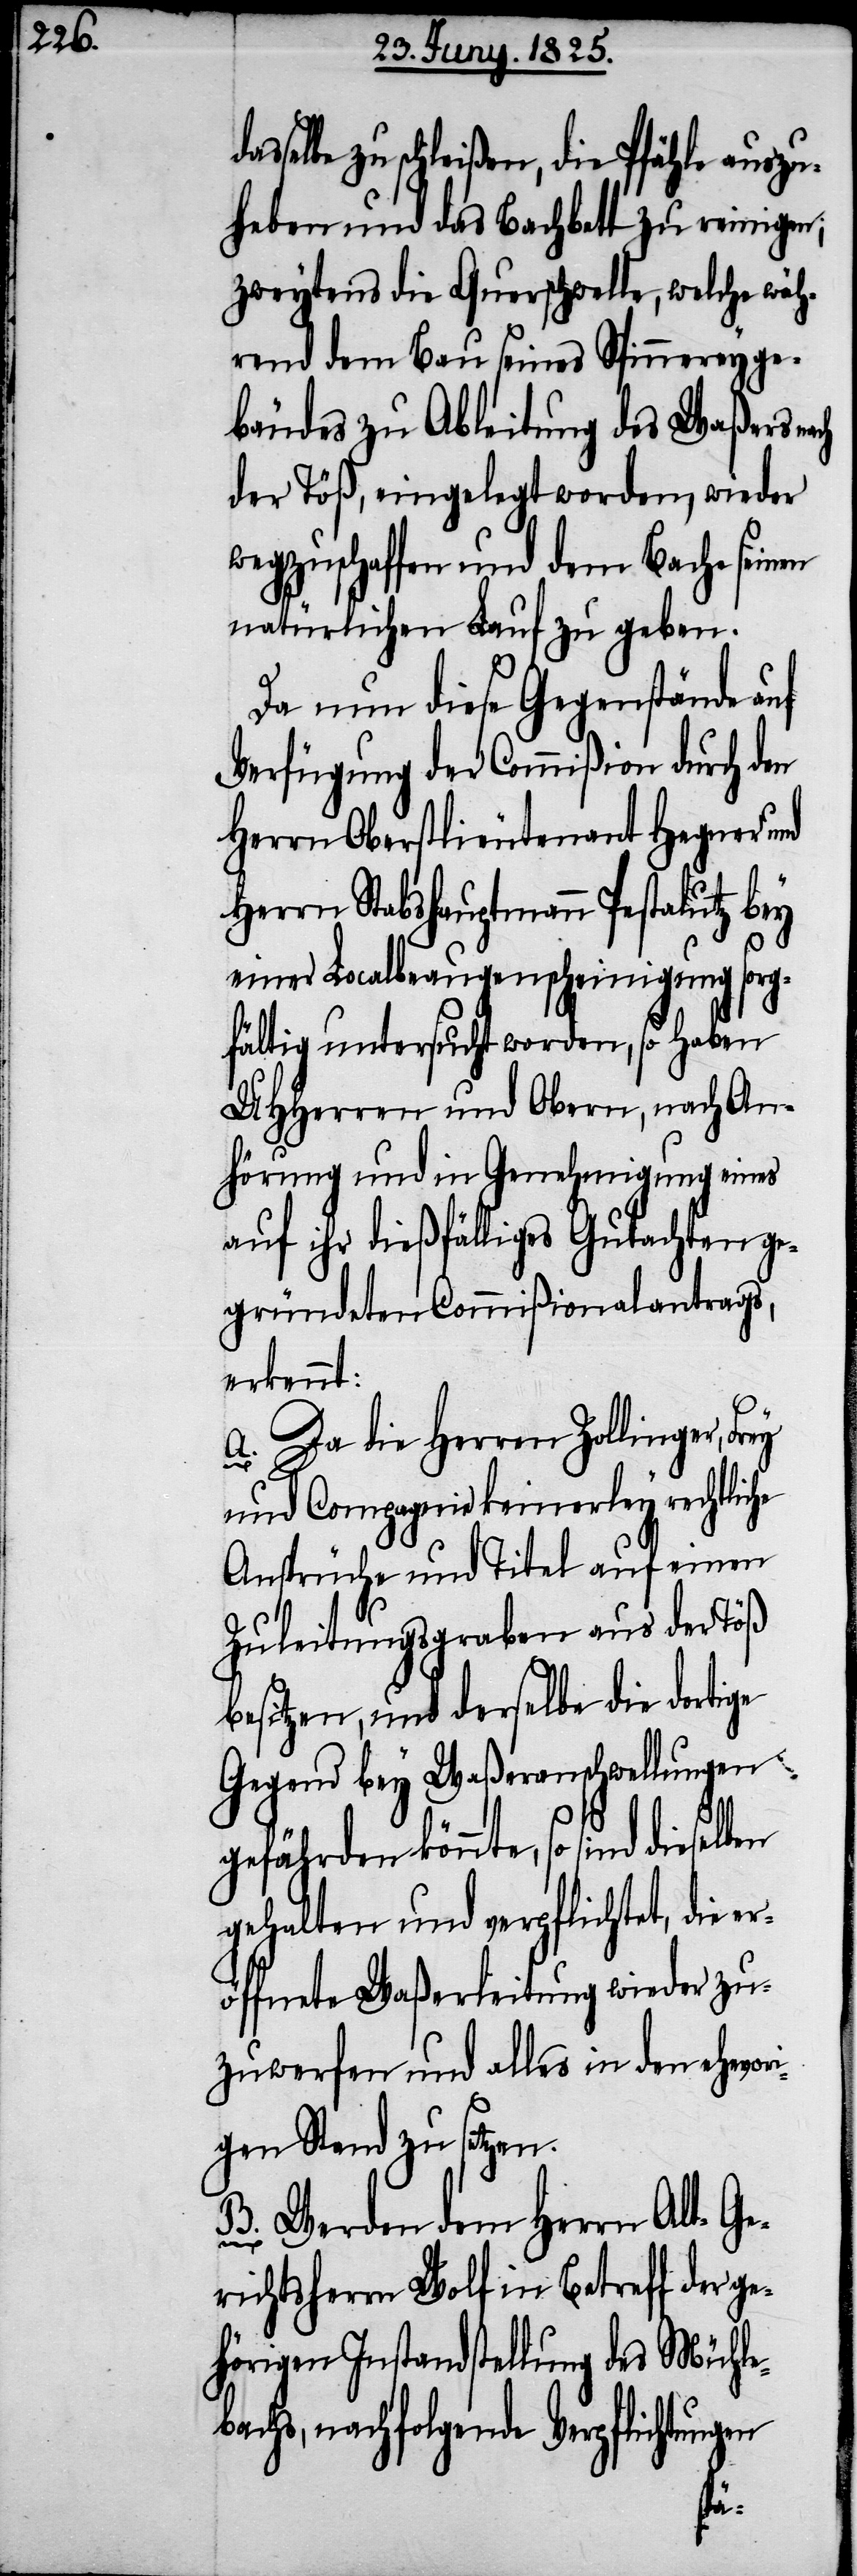
schleißen, die Pfähle auszu¬
heben und das Bachbett zu reinigen;
zweytens die Querschwelle, welche wäh¬
rend dem Bau seines Spinnereyge¬
bäudes zu Ableitung des Waßers
der Töß, eingelegt worden, wieder
wegzuschaffen und dem Bache seinen
natürlichen Lauf zu geben.
Da nun diese Gegenstände auf
Verfügung der Commißion durch den
Herrn Oberstlieutenant Hegner und
Herrn Stabshauptmann Pestalutz bey
einer Localbeaugenscheinigung sorg¬
fältig untersucht worden, so haben
UHHerren und Obern, nach An¬
hörung und in Genehmigung eines
auf ihr dießfälliges Gutachten ge¬
gründeten Commißionalantrags,
erkennt:
A. Da die Herren Zollinger,
und Compagnie keinerley rechtliche
Ansprüche und Titel auf einen
Zuleitungsgraben aus der Töß
besitzen, und derselbe die dortige
Gegend bey Waßeranschwellungen
gefährden könnte, so sind
gehalten und verpflichtet, die
öffnete Waßerleitung wieder zu¬
zuwerfen und alles in den ehemal¬
igen Stand zu setzen.
B. Werden dem Herrn Alt-Ge¬
richtsherrn Wolf in Betreff der g¬
ehörigen Instandstellung des Mühle¬
bachs, nachfolgende Verpflichtungen
er¬